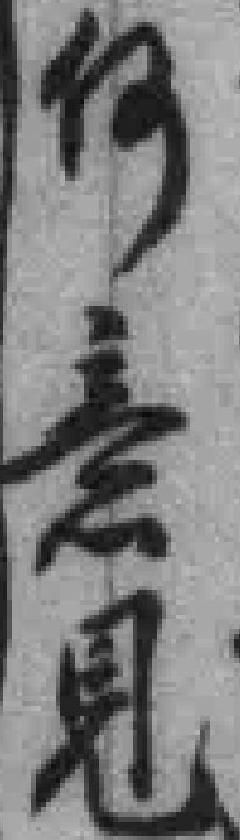
何意見